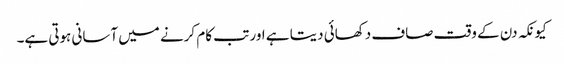
کیونکہ دن کے وقت صاف دکھائی دیتا ہے اور تب کام کرنے میں آسانی ہوتی ہے۔